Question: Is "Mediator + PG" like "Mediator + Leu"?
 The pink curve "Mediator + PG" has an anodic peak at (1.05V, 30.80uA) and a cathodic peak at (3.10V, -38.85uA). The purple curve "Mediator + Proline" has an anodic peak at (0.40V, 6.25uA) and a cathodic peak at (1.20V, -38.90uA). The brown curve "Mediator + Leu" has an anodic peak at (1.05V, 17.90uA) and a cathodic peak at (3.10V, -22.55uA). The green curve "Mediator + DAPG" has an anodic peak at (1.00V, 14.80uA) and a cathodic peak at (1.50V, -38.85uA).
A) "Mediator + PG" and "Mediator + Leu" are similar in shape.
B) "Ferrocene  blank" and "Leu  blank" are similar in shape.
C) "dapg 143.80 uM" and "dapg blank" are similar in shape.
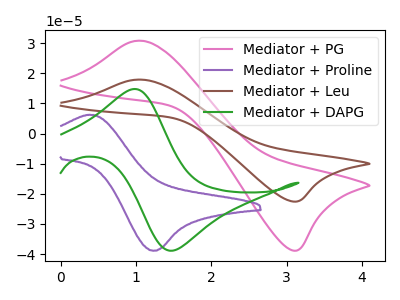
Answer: <think>All the peaks in "Mediator + PG" have a peak in "Mediator + Leu" at the same potential. Every peak in "Mediator + PG" is higher than every peak in "Mediator + Leu".
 </think>
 <answer>A) "Mediator + PG" and "Mediator + Leu" are similar in shape.</answer>
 <eval>A</eval>